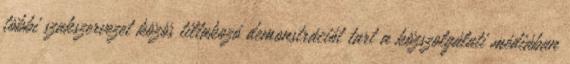
többi szakszervezet közös tiltakozó demonstrációt tart a közszolgálati médiában